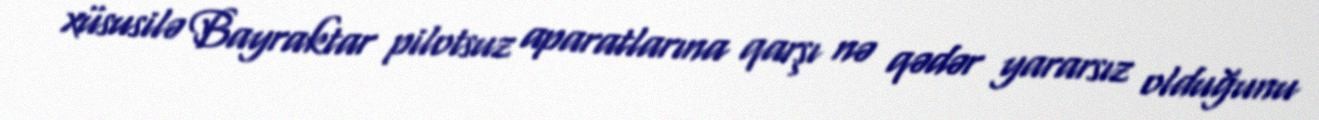
xüsusilə Bayraktar pilotsuz aparatlarına qarşı nə qədər yararsız olduğunu